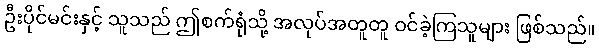
ဦးပိုင်မင်းနှင့် သူသည် ဤစက်ရုံသို့ အလုပ်အတူတူ ဝင်ခဲ့ကြသူများ ဖြစ်သည်။